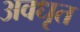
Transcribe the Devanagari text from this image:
अवधृत